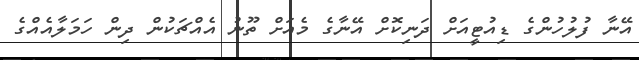
އޭނާ ފުލުހުންގެ ޑިއުޓީއަށް ދަނިކޮށް އޭނާގެ މެއަށް ތޫނު އެއްޗަކުން ދިން ހަމަލާއެއްގެ